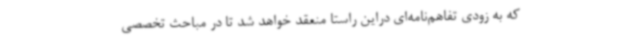
که به زودی تفاهم‌نامه‌ای دراین راستا منعقد خواهد شد تا در مباحث تخصصی